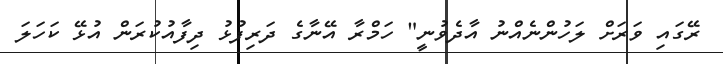
ރޭގައި ވަރަށް ލަހުންނެއްނު އާދެވުނީ" ހަމްރާ އޭނާގެ ދަރިފުޅު ދިފާއުކުރަން އުޅޭ ކަހަލަ